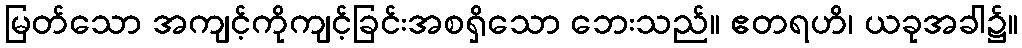
မြတ်သော အကျင့်ကိုကျင့်ခြင်းအစရှိသော ဘေးသည်။ ဧတရဟိ၊ ယခုအခါ၌။